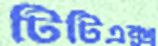
টিটিএক্স